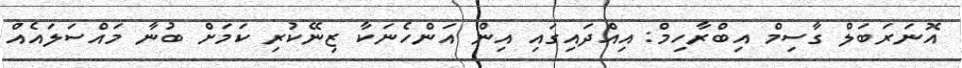
އޮނަރަބަލް ގާސިމް އިބްރާހިމް: އިއްދައިގައި އިން އަންހެނަކާ ޒިނޭކުރި ކަމަށް ބުނާ މައްސަލައެއް